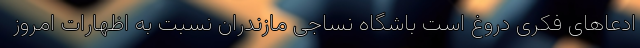
ادعاهای فکری دروغ است باشگاه نساجی مازندران نسبت به اظهارات امروز